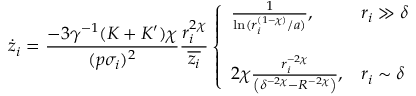
\dot { z } _ { i } = \frac { - 3 \gamma ^ { - 1 } ( K + K ^ { \prime } ) \chi } { ( p \sigma _ { i } ) ^ { 2 } } \frac { r _ { i } ^ { 2 \chi } } { \overline { { z _ { i } } } } \left\{ \begin{array} { l l } { \frac { 1 } { \ln ( r _ { i } ^ { ( 1 - \chi ) } / a ) } , } & { r _ { i } \gg \delta } \\ { ~ } \\ { 2 \chi \frac { r _ { i } ^ { - 2 \chi } } { \left( \delta ^ { - 2 \chi } - R ^ { - 2 \chi } \right) } , } & { r _ { i } \sim \delta } \end{array} \right.